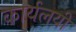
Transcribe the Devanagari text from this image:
कार्यलयी